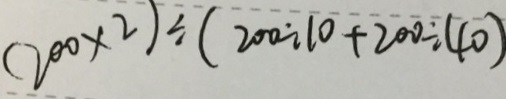
( 2 0 0 \times 2 ) \div ( 2 0 0 \div 1 0 + 2 0 0 \div 4 0 )